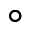
^ \circ